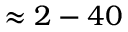
\approx 2 - 4 0 \